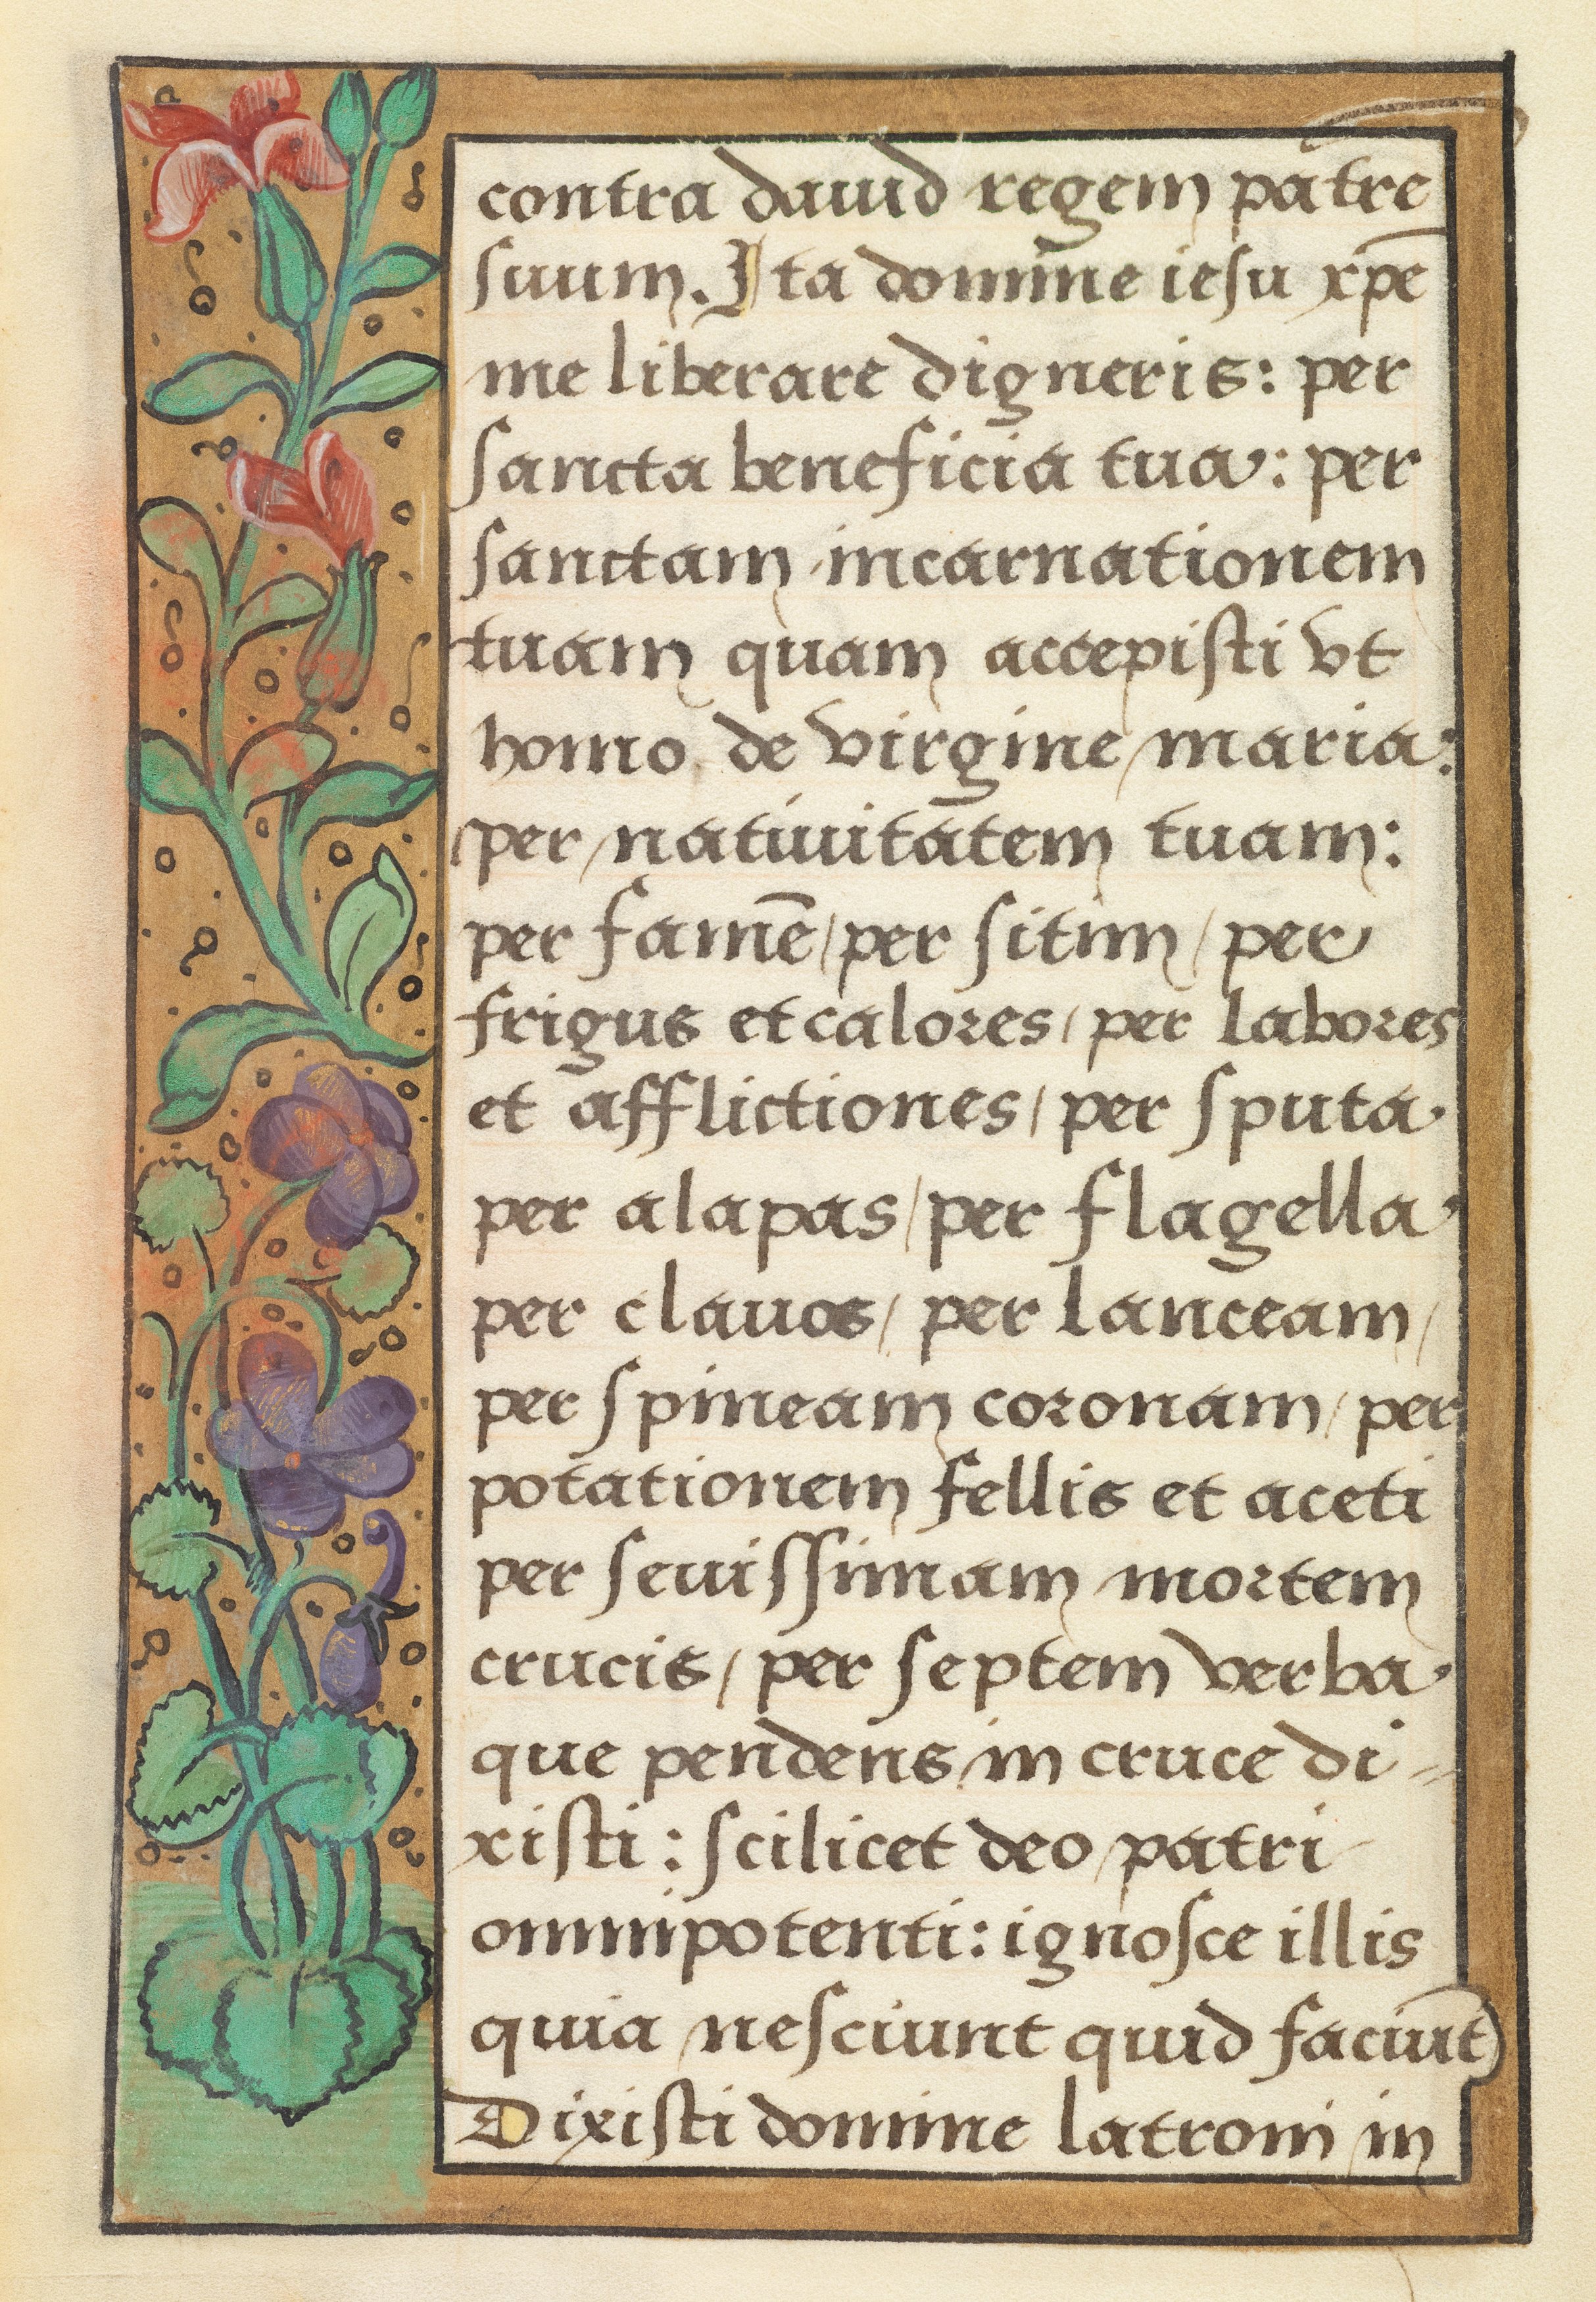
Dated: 1524–1524